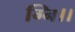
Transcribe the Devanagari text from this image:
ग्नि।।